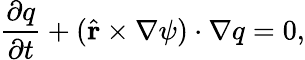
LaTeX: \frac{\partial q}{\partial t}+(\hat{\textbf{r}}\times\nabla\psi)\cdot\nabla q=0,